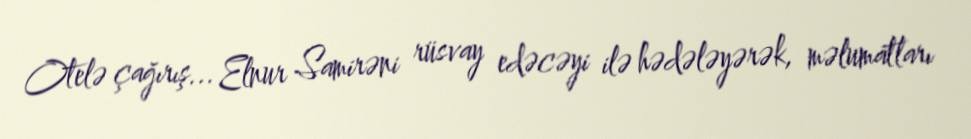
Otelə çağırış... Elnur Samirəni rüsvay edəcəyi ilə hədələyərək, məlumatları